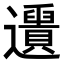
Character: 𨙑